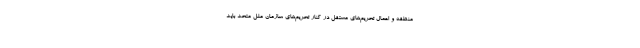
منطقه و اعمال تحریم‌های مستقل در کنار تحریم‌های سازمان ملل متحد باید